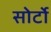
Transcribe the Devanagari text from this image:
सोर्टो